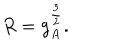
R = g _ { A } ^ { \frac { 3 } { 2 } } .